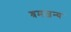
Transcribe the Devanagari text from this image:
श्रमजन्य